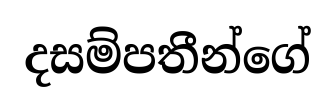
දසම්පතීන්ගේ